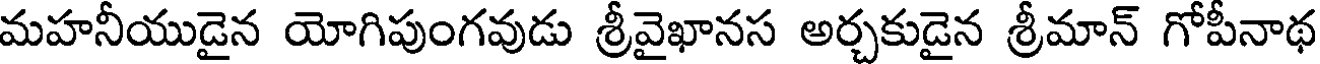
మహనీయుడైన యోగిపుంగవుడు శ్రీవైఖానస అర్చకుడైన శ్రీమాన్ గోపీనాథ